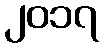
၂၀၁၇